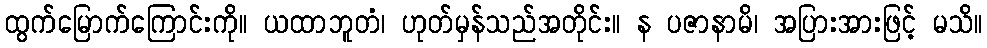
ထွက်မြောက်ကြောင်းကို။ ယထာဘူတံ၊ ဟုတ်မှန်သည်အတိုင်း။ န ပဇာနာမိ၊ အပြားအားဖြင့် မသိ။